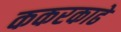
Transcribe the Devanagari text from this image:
ककरकाढे